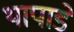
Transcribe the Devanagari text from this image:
थापाडे